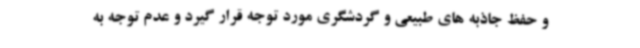
و حفظ جاذبه های طبیعی و گردشگری مورد توجه قرار گیرد و عدم توجه به